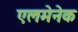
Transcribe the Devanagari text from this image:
एलमेनेक